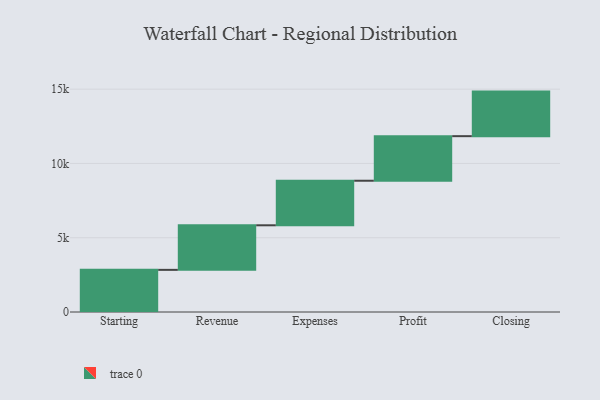
{"axis": {"x": "Step", "y": "Value"}, "legend": [""], "data": [{"x": "Starting", "y": 2837.0, "type": ""}, {"x": "Revenue", "y": 3000, "type": ""}, {"x": "Expenses", "y": 3000, "type": ""}, {"x": "Profit", "y": 3000, "type": ""}, {"x": "Closing", "y": 3000, "type": ""}]}